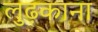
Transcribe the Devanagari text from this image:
लुढ़काना